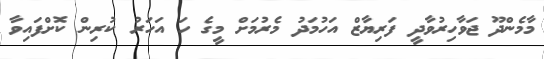
މާމެންދޫ ޖަވާހިރުވާދީ ފަރިޔާޒް އަހުމަދު މެރުމަށް މީގެ ހަ އަހަރު ކުރިން ކޮށްފައިވާ